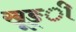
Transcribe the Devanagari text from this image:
खूङ्ी